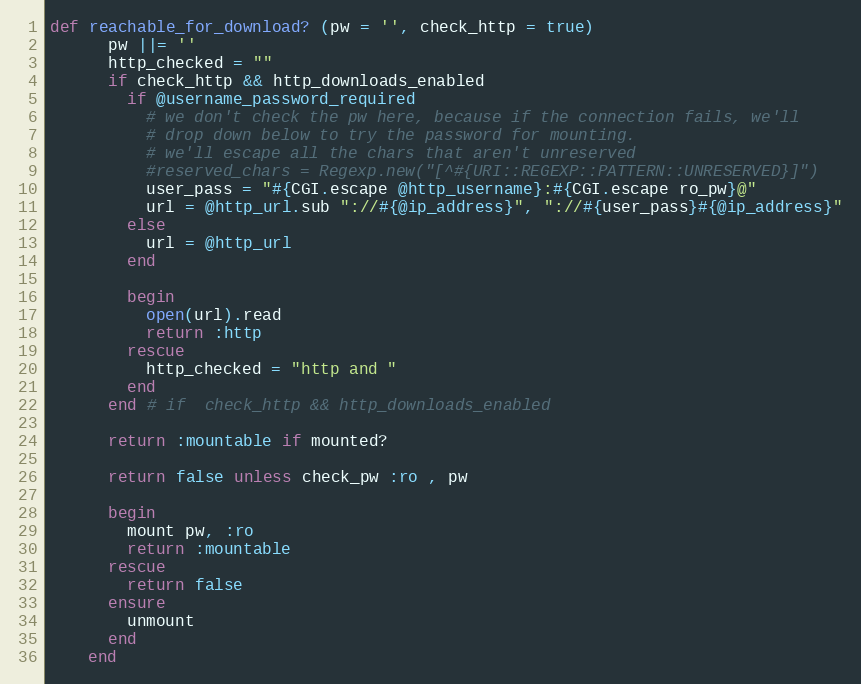
Language: Ruby
def reachable_for_download? (pw = '', check_http = true)
      pw ||= ''
      http_checked = ""
      if check_http && http_downloads_enabled
        if @username_password_required
          # we don't check the pw here, because if the connection fails, we'll
          # drop down below to try the password for mounting.
          # we'll escape all the chars that aren't unreserved
          #reserved_chars = Regexp.new("[^#{URI::REGEXP::PATTERN::UNRESERVED}]")
          user_pass = "#{CGI.escape @http_username}:#{CGI.escape ro_pw}@"
          url = @http_url.sub "://#{@ip_address}", "://#{user_pass}#{@ip_address}"
        else
          url = @http_url
        end

        begin
          open(url).read
          return :http
        rescue
          http_checked = "http and "
        end
      end # if  check_http && http_downloads_enabled

      return :mountable if mounted?

      return false unless check_pw :ro , pw

      begin
        mount pw, :ro
        return :mountable
      rescue
        return false
      ensure
        unmount
      end
    end